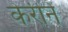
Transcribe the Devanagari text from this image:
केरीने